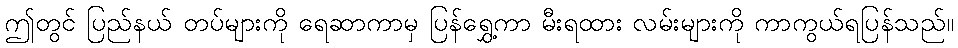
ဤတွင် ပြည်နယ် တပ်များကို ရေဆာကာမှ ပြန်ရွှေ့ကာ မီးရထား လမ်းများကို ကာကွယ်ရပြန်သည်။